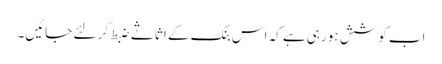
اب کوشش ہورہی ہے کہ اس بنک کے اثاثے ضبط کرلئے جائیں۔